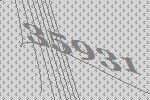
35931